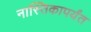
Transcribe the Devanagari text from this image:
नास्तिकापर्यंत